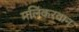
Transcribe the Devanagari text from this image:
मलिकरवान